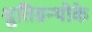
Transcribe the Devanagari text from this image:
श्रुतिग्रन्थौके